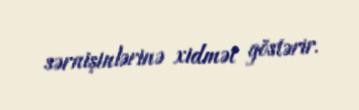
sərnişinlərinə xidmət göstərir.